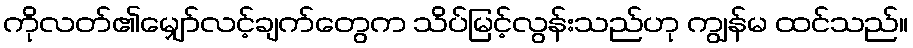
ကိုလတ်၏မျှော်လင့်ချက်တွေက သိပ်မြင့်လွန်းသည်ဟု ကျွန်မ ထင်သည်။